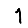
Digit: 1